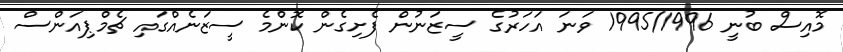
މޮއިސް ބުނީ 1995/1996 ވަނަ އަހަރުގެ ސީޒަނުން ފެށިގެން ކޮންމެ ސީޒަނެއްގައި ޗެމްޕިއަންސް